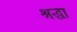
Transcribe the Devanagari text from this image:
श्रद्घा